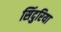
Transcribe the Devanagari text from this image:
सिंदुरिया